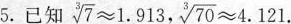
5.已知 $$\sqrt [ 3 ] { 7 } ≈ 1 . 9 1 3$$， $$\sqrt [ 3 ] { 7 0 } ≈ 4 . 1 2 1$$.